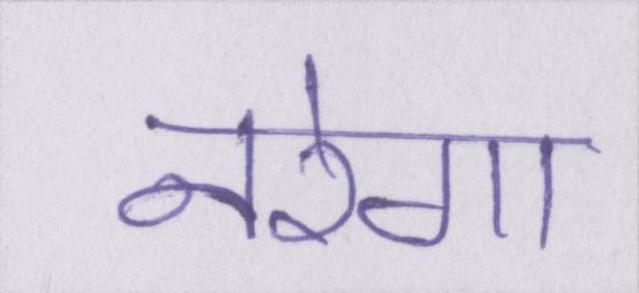
नरेगा